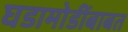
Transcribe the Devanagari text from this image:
घडामोडींबाबत